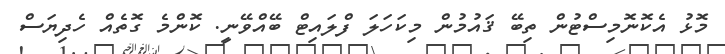
މޮޅު އެކޮނޮމިސްޓުުން ތިބޭ ޤައުމުން މިކަހަލަ ފްލައިޓް ބޭއްވޭނީ. ކޮންމެ ގޮތެއް ހެދިޔަސް